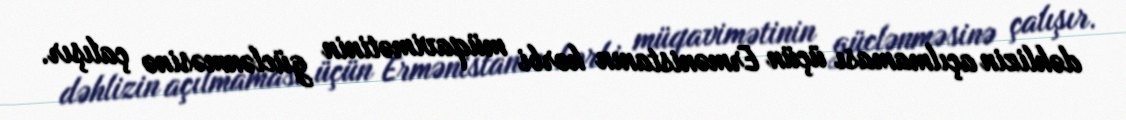
dəhlizin açılmaması üçün Ermənistanın hərbi müqavimətinin güclənməsinə çalışır.